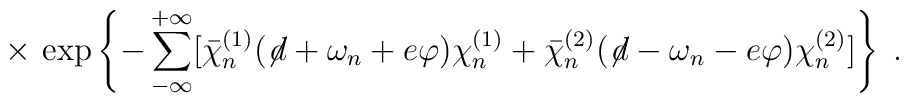
\times \,\exp \left\{- \sum_{-\infty}^{+\infty}[ {\bar\chi}_n^{(1)}(\not \! d + \omega_n + e \varphi)\chi_n^{(1)}+{\bar\chi}_n^{(2)}(\not \! d - \omega_n - e \varphi)\chi_n^{(2)}]\right\} \;.